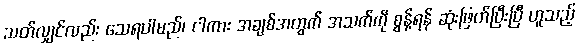
သတ်လျှင်လည်း သေရပါမည်၊ ငါကား အချစ်အတွက် အသက်ကို စွန့်ရန် ဆုံးဖြတ်ပြီးပြီ ဟူသည့်